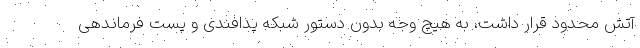
آتش محدود قرار داشت، به هیچ وجه بدون دستور شبکه پدافندی و پست فرماندهی